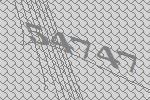
54747